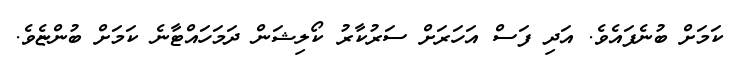
ކަމަށް ބުނެފައެވެ. އަދި ފަސް އަހަރަށް ސަރުކާރު ކޯލިޝަން ދަމަހައްޓާނެ ކަމަށް ބުންޏެވެ.